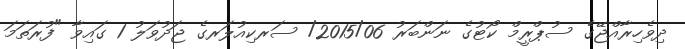
ދިވެހިރާއްޖޭގެ ސުޕްރީމް ކޯޓުގެ ނަންބަރު 2015/06/ ސަރކިއުލަރގެ ޖަދުވަލު 1 ގައިވާ "ފުރަތަމަ